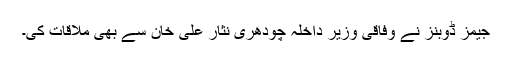
جیمز ڈوبنز نے وفاقی وزیرِ داخلہ چودھری نثار علی خان سے بھی ملاقات کی۔